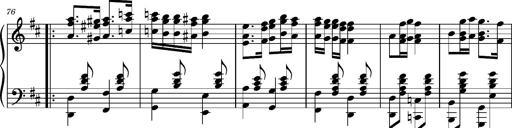
Title: Ungarischer Romanzero
Composer: Franz Liszt